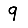
Digit: 9